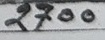
2700